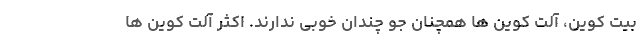
بیت کوین، آلت کوین ها همچنان جو چندان خوبی ندارند. اکثر آلت کوین ها